Lunatic asylums United Provinces 1909-1921 - 1909-1921
Year: 1909
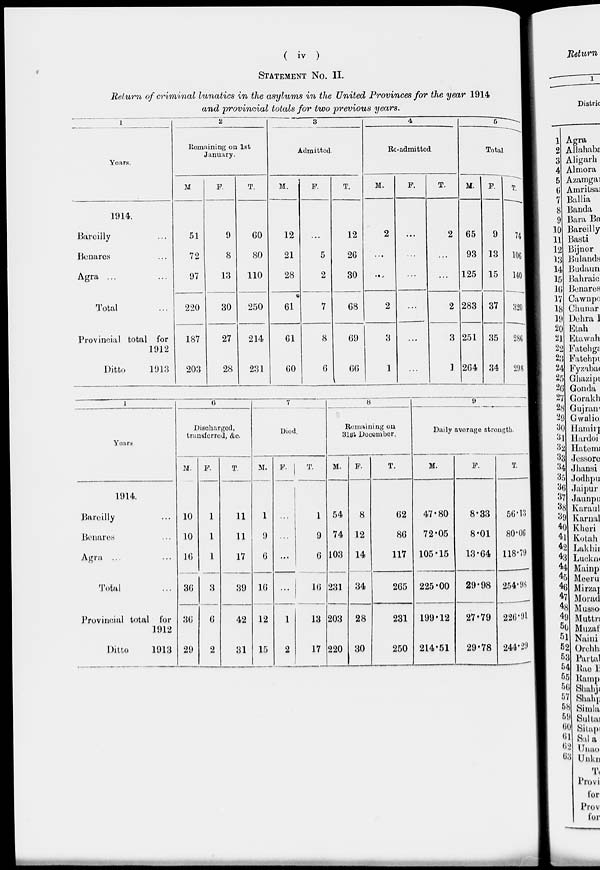
( iv )
STATEMENT No. II.
Return of criminal lunatics in the asylums in the United Provinces for the year 1914
and provincial totals for two previous years.
1
Years.
1914.
Bareilly ...
Benares ...
Agra ... ...
Total ...
Provincial total for
1912
Ditto
1913
2
Remaining on 1st
January.
M.
51
72
97
220
187
203
F.
9
8
13
30
27
28
T.
60
80
110
250
214
231
3
Admitted.
M.
12
21
28
61
61
60
F.
...
5
2
7
8
6
T.
12
26
30
68
69
66
4
Re-admitted.
M.
2
...
...
2
3
1
F.
...
...
...
...
...
...
T.
2
...
...
2
3
1
5
Total.
M.
65
93
125
283
251
264
F.
9
13
15
37
35
34
T.
74
106
140
320
286
298
1
Years.
1914.
Bareilly ...
Benares ...
Agra ...
Total ...
Provincial total for
1912
Ditto
1913
6
Discharged,
transferred, &c.
M.
10
10
16
36
36
29
F.
1
1
1
3
6
2
T.
11
11
17
39
42
31
7
Died.
M.
1
9
6
16
12
15
F.
...
...
...
...
1
2
T.
1
9
6
16
13
17
8
Remaining on
31st December.
M.
54
74
103
231
203
220
F.
8
12
14
34
28
30
T.
62
86
117
265
231
250
9
Daily average strength.
M.
47.80
72.05
105.15
225.00
199.12
214.51
F.
8.33
8.01
13.64
29.98
27.79
29.78
T.
56.13
80.06
118.79
254.98
226.01
244.23